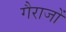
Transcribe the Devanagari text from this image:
गैराजों